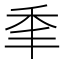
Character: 𰨝